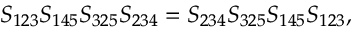
S _ { 1 2 3 } S _ { 1 4 5 } S _ { 3 2 5 } S _ { 2 3 4 } = S _ { 2 3 4 } S _ { 3 2 5 } S _ { 1 4 5 } S _ { 1 2 3 } ,